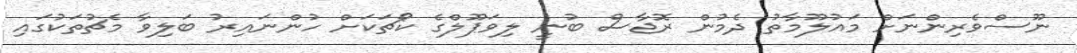
ނޫސްވެރިންނަށް މައުލޫމާތު ދެމުން ރޮޖާސް ބުނީ ލިވަޕޫލްގެ ކޯޗަކަށް ހުންނައިރު ބަލިވާ މެޗުތަކުގައި